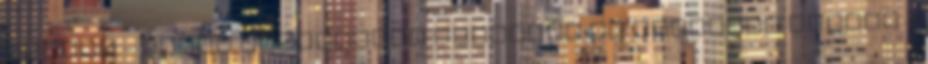
méretű - kellő biztonsági fokozatú és erősségű széfre -